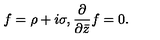
f = \rho + i \sigma , \frac { \partial } { \partial { \bar { z } } } f = 0 .